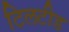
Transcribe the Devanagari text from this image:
टिलटीड